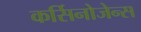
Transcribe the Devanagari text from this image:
कर्सिनोजेन्स